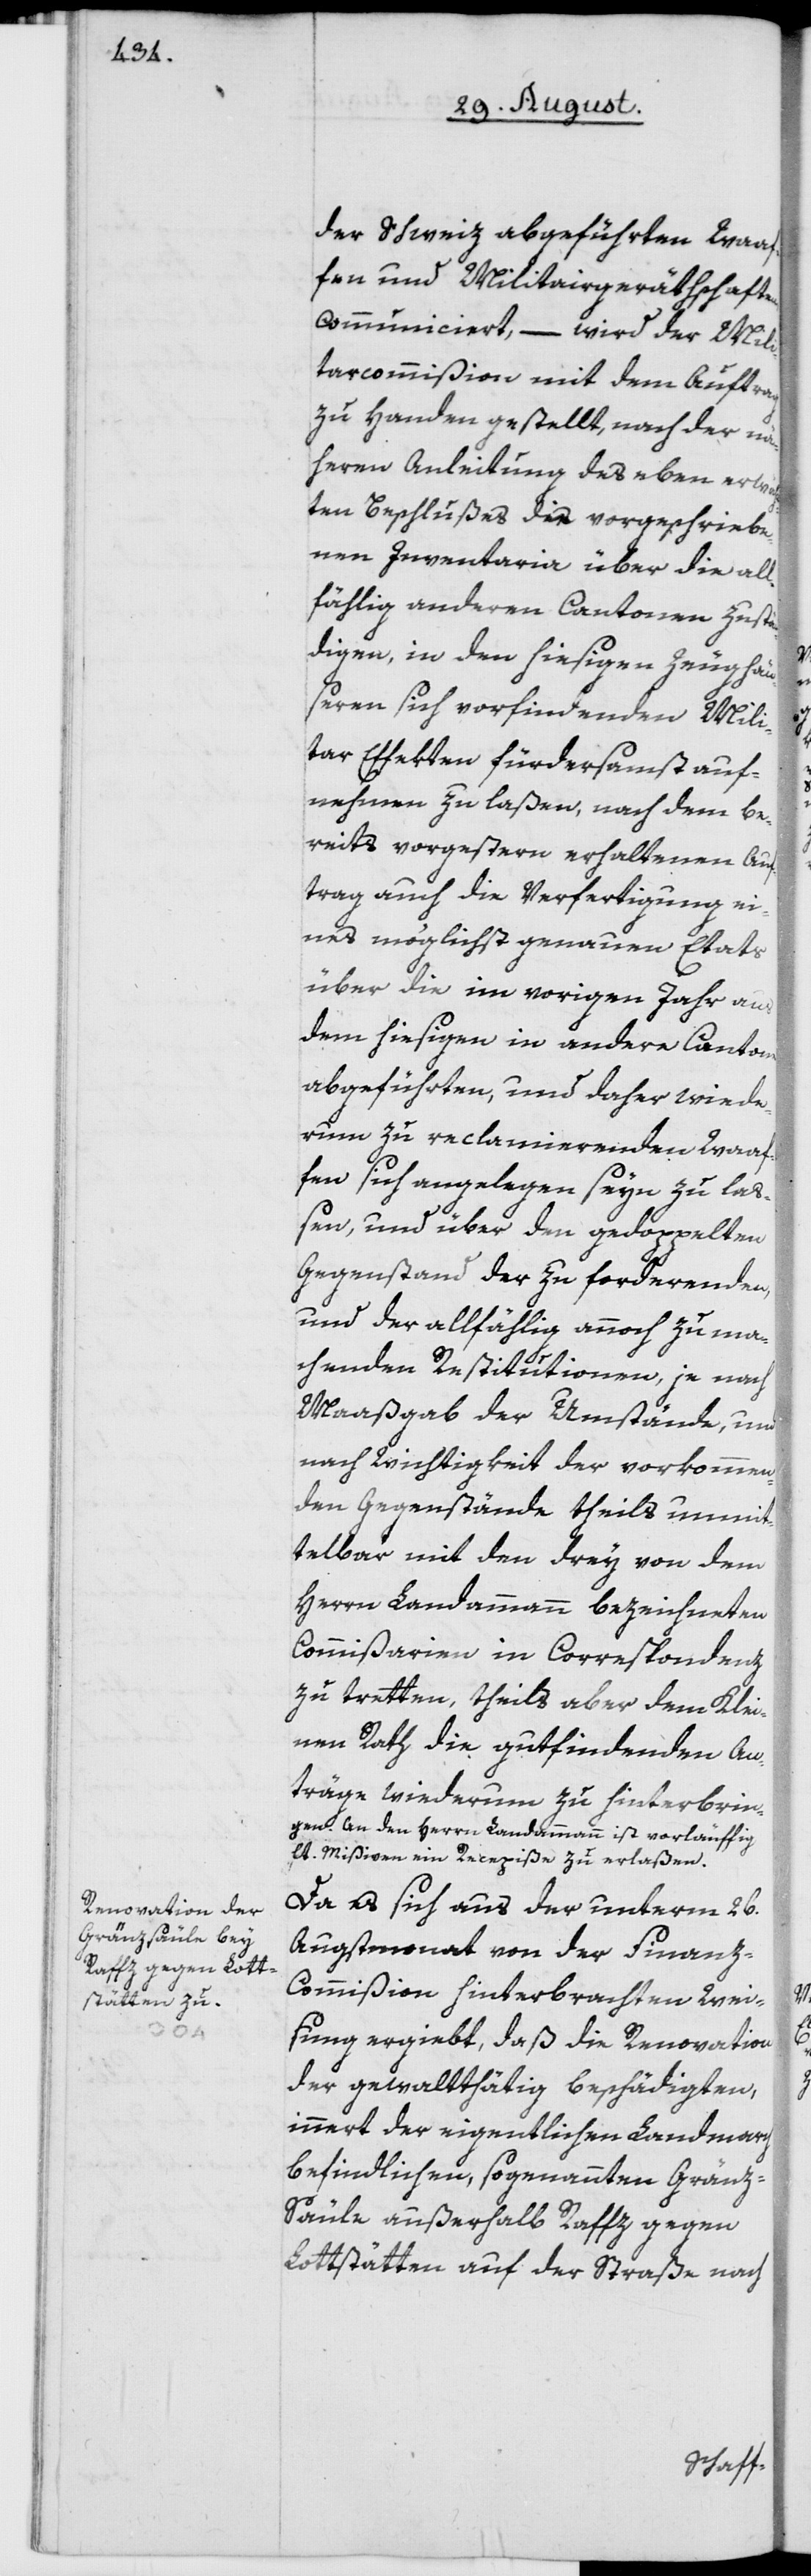
der Schweiz abgeführten Waaf¬
fen und Militairgeräthschaften
communiciert, – wird der Mili¬
tarcommißion mit dem Auftrag
zu Handen gestellt, nach der nä¬
heren Anleitung des eben erwähn¬
ten Beschlußes die vorgeschriebe¬
nen Inventaria über die all¬
fählig anderen Cantonen zustän¬
digen, in den hiesigen Zeugäu¬
seren sich vorfindenden Mili¬
tar Effekten fürdersamst auf¬
nehmen zu laßen, nach dem be¬
reits vorgestern erhaltenen Auf¬
trag auch die Verfertigung ei¬
nes möglichst genauen Etats
über die im vorigen Jahr aus
dem hiesigen in andere Cantone
abgeführten, und daher wiede¬
rum zu reclamierenden Waaf¬
fen sich angelegen seyn zu laß¬
en, und über den gedoppelten
Gegenstand der zu forderenden,
und der allfählig annoch zu ma¬
chenden Restitutionen, je nach
Maaßgab der Umstände, und
nach Wichtigkeit der vorkommen¬
den Gegenstände theils unmit¬
telbar mit den drey von dem
Herrn Landammann bezeichneten
Commißarien in Correspondenz
zu tretten, theils aber dem Klei¬
nen Rath die gutfindenden An¬
träge wiederum zu hinterbrin¬
gen. An den Herrn Landammann ist vorläuffig
lt. Mißiven ein Recepiße zu erlaßen.
Da es sich aus der unterm 26.
Augstmonat von der Finan¬
z-Commißion hinterbrachten Wei¬
sung ergiebt, daß die Renovation
der gewaltthätig beschädigten,
innert der eigentlichen Landmarch
befindlichen, sogenannten Gränz-S¬
äule außerhalb Raffz gegen
Lottstätten auf der Straße nach